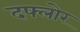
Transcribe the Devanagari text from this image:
दफ्लोर